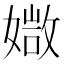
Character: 𡠾